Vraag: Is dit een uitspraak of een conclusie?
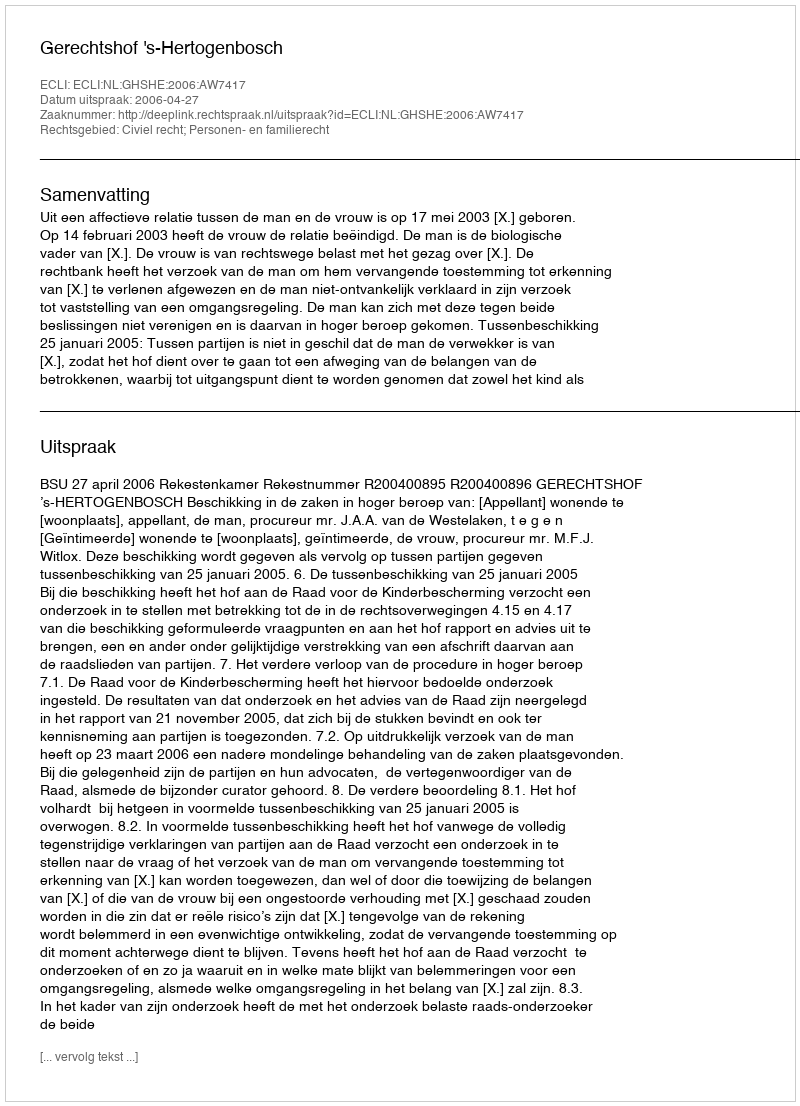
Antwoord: Uitspraak